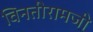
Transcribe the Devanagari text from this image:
विनतीरामजी